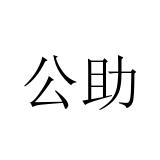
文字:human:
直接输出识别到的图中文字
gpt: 公助